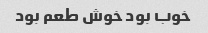
خوب بود خوش طعم بود